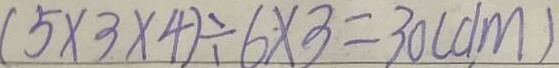
( 5 \times 3 \times 4 ) \div 6 \times 3 = 3 0 ( d m )